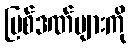
ပြစ်ဒဏ်များကို